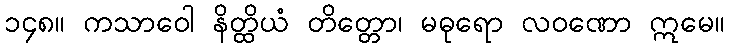
၁၄၈။ ကသာဝေါ နိတ္ထိယံ တိတ္တော၊ မဓုရော လဝဏော ဣမေ။